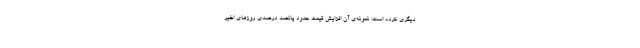
دیگری کرده است؛ نمونه‌ی آن افزایش قیمت حدود پانصد درصدی روزهای اخیر